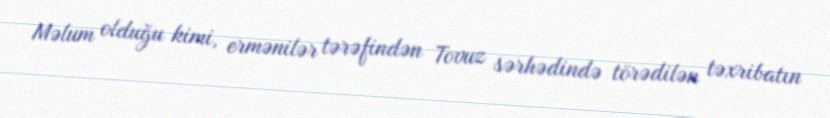
Məlum olduğu kimi, ermənilər tərəfindən Tovuz sərhədində törədilən təxribatın